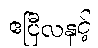
ဧပြီလနှင့်